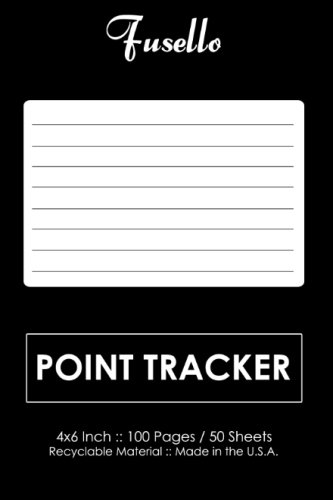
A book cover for Point Tracker: 4x6 Pocket Point Tracker - Perfect For Weight Watchers Clients; Joe Dolan; Health, Fitness & Dieting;